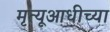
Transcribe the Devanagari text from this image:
मृत्यूआधीच्या